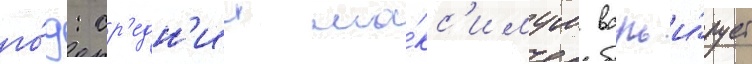
го́д: ср'едн'ии ма́кс'имум варьи́рует